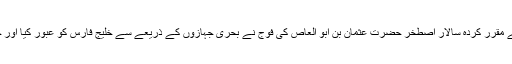
اسی عرصے میں سیدنا عمر کے مقرر کردہ سالار اصطخر حضرت عثمان بن ابو العاص کی فوج نے بحری جہازوں کے ذریعے سے خلیج فارس کو عبور کیا اور جزیرۂ ایزکاوان پر قبضہ کر لیا۔